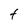
Character: F